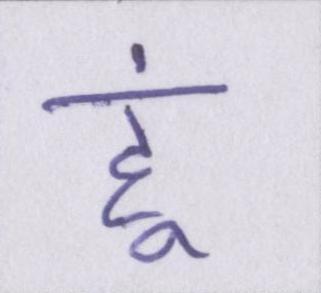
हूं